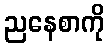
ညနေစာကို